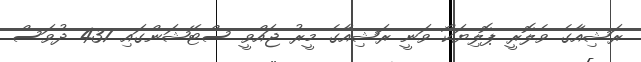
ރަޝިއާގެ ވެލޮރީ ޕޮލިޔަކޯ ވަނީ ރަޝިއާގެ މީރު ޖައްވީ ސްޓޭޝަންގައި 437 ދުވަސް